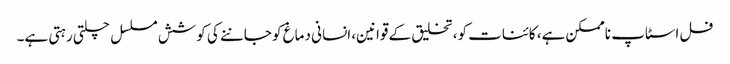
فل اسٹاپ ناممکن ہے، کائنات کو، تخلیق کے قوانین، انسانی دماغ کو جاننے کی کوشش مسلسل چلتی رہتی ہے۔